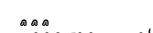
١١٧